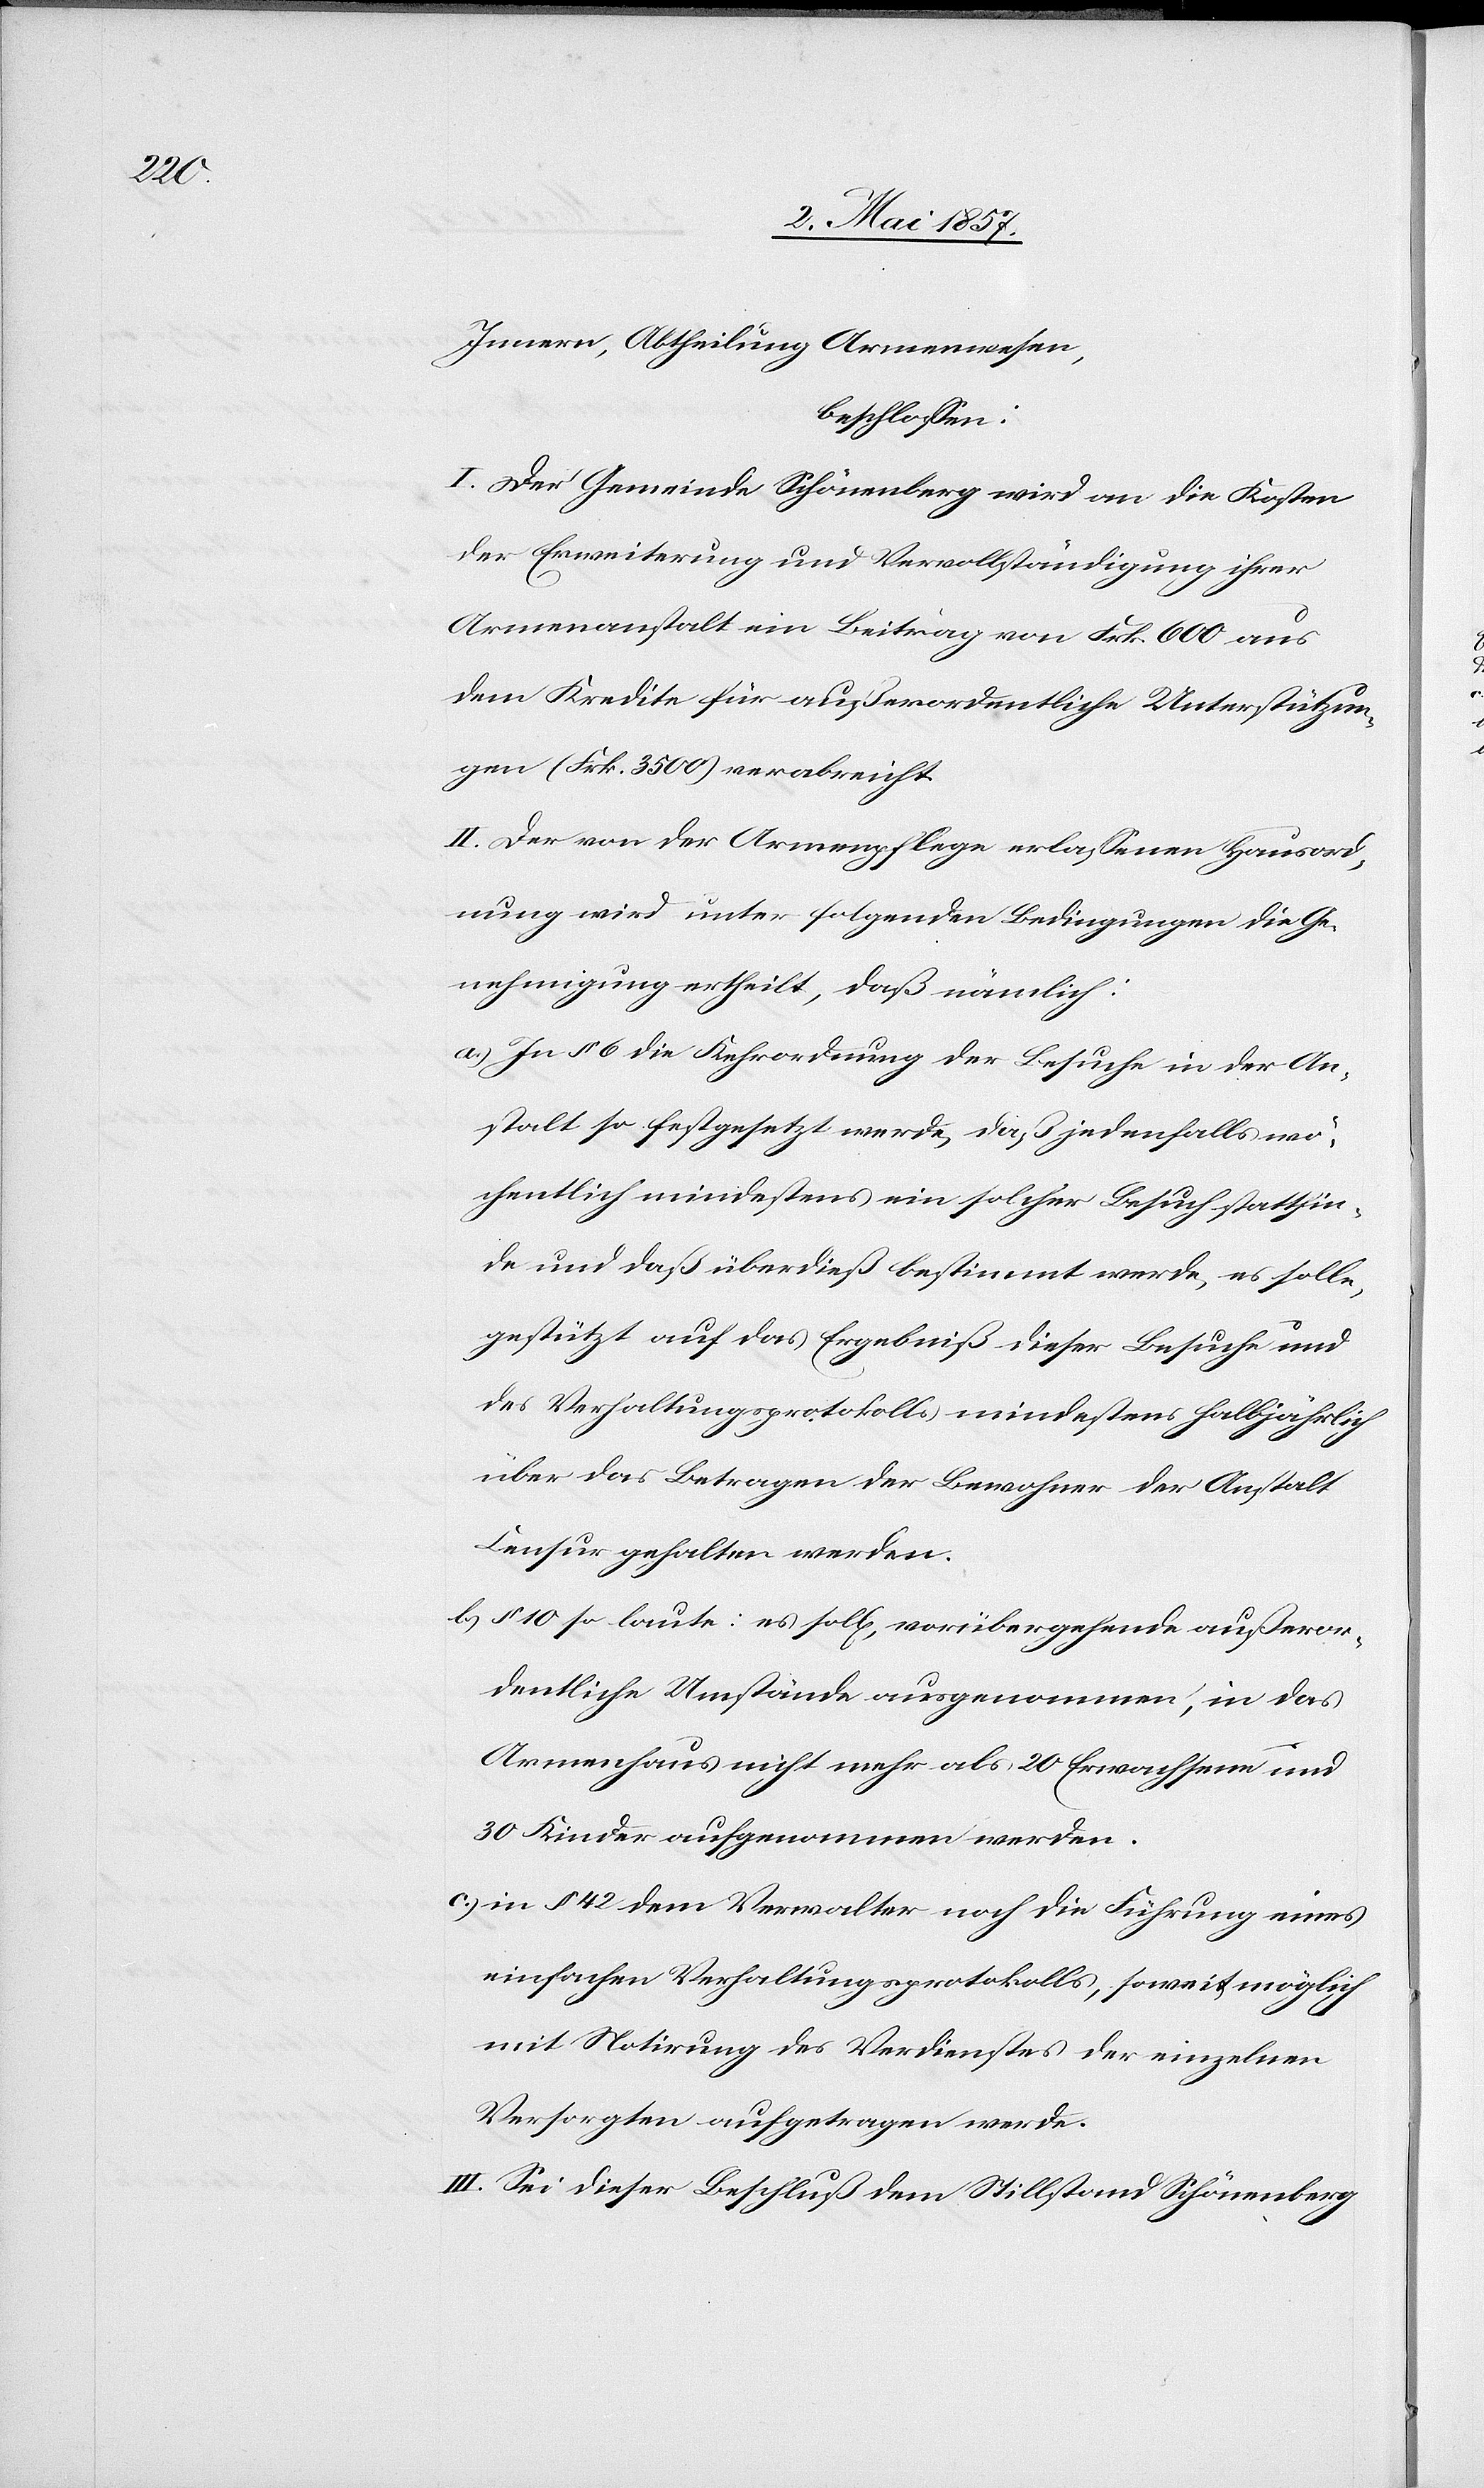
Innern, Abtheilung Armenwesen,
beschlossen:
I. Der Gemeinde Schönenberg wird an die Kosten
der Erweiterung und Vervollständigung ihrer
Armenanstalt ein Beitrag von Frk. 600 aus
dem Kredite für außerordentliche Unterstützun¬
gen (Frk. 3500) verabreicht.
II. Der von der Armenpflege erlassenen Hausord¬
nung wird unter folgenden Bedingungen die Ge¬
nehmigung ertheilt, daß nämlich:
a.) In § 6 die Kehrordnung der Besuche in der An¬
stalt so festgesetzt werde, daß jedenfalls wö¬
chentlich mindestens ein solcher Besuch stattfin¬
de und daß überdieß bestimmt werde, es solle
gestützt auf das Ergebniß dieser Besuche und
des Verhaltungsprotokolls mindestens halbjährlich
über das Betragen der Bewohner der Anstalt
Censur gehalten werden.
b.) § 10 laute: es sollen, vorübergehende außeror¬
dentliche Umstände ausgenommen, in das
Armenhaus nicht mehr als 20 Erwachsene und
30 Kinder aufgenommen werden.
c.) in § 42 dem Verwalter noch die Führung eines
einfachen Verhaltungsprotokolls, soweit möglich
mit Notirung des Verdienstes der einzelnen
Versorgten aufgetragen werde.
III. Sei dieser Beschluß dem Stillstand Schönenberg